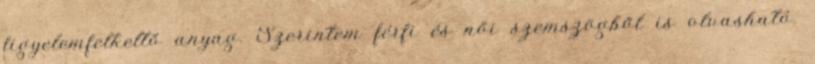
figyelemfelkeltő anyag. Szerintem férfi és női szemszögből is olvasható.